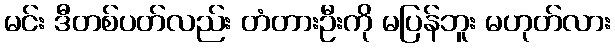
မင်း ဒီတစ်ပတ်လည်း တံတားဦးကို မပြန်ဘူး မဟုတ်လား